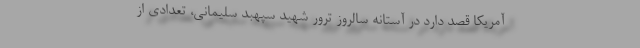
آمریکا قصد دارد در آستانه سالروز ترور شهید سپهبد سلیمانی، تعدادی از